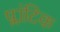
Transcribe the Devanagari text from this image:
प्लांटिक